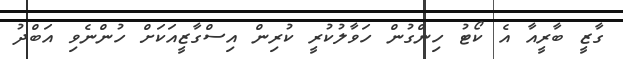
ގާޒީ ބާރީއާ އެ ކޯޓު ހިންގުން ހަވާލުކުރީ ކުރިން އިސްގާޒީއަކަށް ހުންނެވި އަބްދު